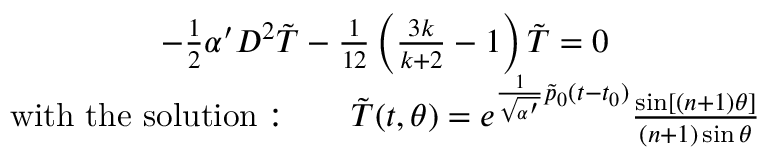
\begin{array} { c } { { - \frac { 1 } { 2 } \alpha ^ { \prime } D ^ { 2 } \tilde { T } - \frac { 1 } { 1 2 } \left( \frac { 3 k } { k + 2 } - 1 \right) \tilde { T } = 0 } } \\ { { \mathrm { w i t h ~ t h e ~ s o l u t i o n : } \qquad \tilde { T } ( t , \theta ) = e ^ { \frac { 1 } { \sqrt { \alpha ^ { \prime } } } \tilde { p } _ { 0 } ( t - t _ { 0 } ) } \frac { \sin [ ( n + 1 ) \theta ] } { ( n + 1 ) \sin \theta } } } \end{array}